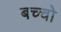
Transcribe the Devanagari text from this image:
बच्‍चो